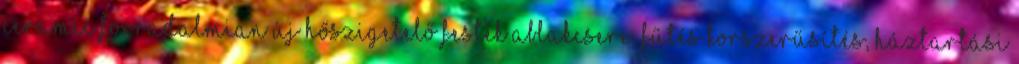
CERAMIC forradalmian új hőszigetelő festék Ablakcsere, fűtés korszerűsítés, háztartási